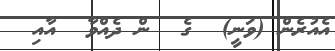
އެއުރެން (ވަނީ)  ގެ  ން ދެއްވާ  އާއި